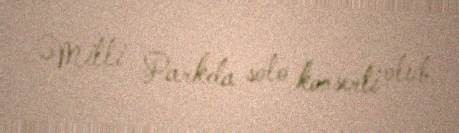
Milli Parkda solo konserti olub.